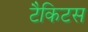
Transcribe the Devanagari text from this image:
टैकिटस